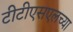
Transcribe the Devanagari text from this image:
टीटीएसएलच्या